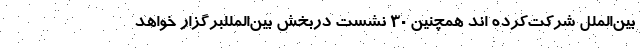
بین‌الملل شرکت‌کرده اند همچنین ۳۰ نشست دربخش بین‌المللبرگزار خواهد